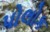
પોલોક